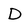
Character: D